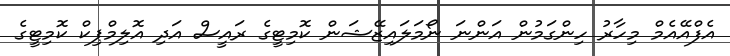
އެފްއޭއެމް މިހާރު ހިންގަމުން އަންނަ ނޯމަލައިޒޭޝަން ކޮމިޓީގެ ރައީސް އަދި އޮލިމްޕިކް ކޮމިޓީގެ